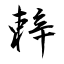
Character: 辢